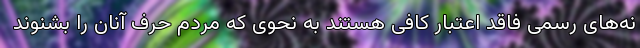
نه‌های رسمی فاقد اعتبار کافی هستند به نحوی که مردم حرف آنان را بشنوند